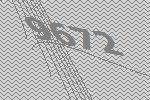
9672